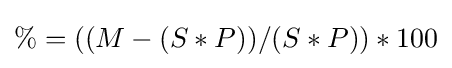
\%=((M-(S*P))/(S*P))*100